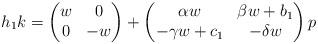
LaTeX: \begin{align*}h_1 k = \begin{pmatrix} w & 0 \\ 0 & -w \end{pmatrix} + \begin{pmatrix} \alpha w & \beta w + b_1 \\ - \gamma w + c_1 & - \delta w \end{pmatrix} p\end{align*}